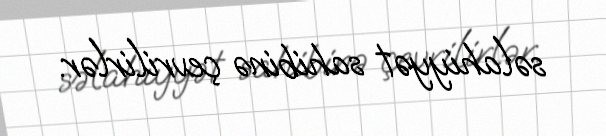
səlahiyyət sahibinə çevrilirlər.